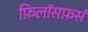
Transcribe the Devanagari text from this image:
फ़िलॉसफ़र्स